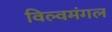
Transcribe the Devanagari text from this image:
विल्वमंगल